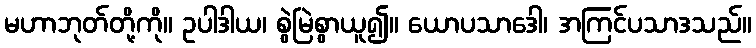
မဟာဘုတ်တို့ကို။ ဥပါဒါယ၊ စွဲမြဲစွာယူ၍။ ယောပသာဒေါ၊ အကြင်ပသာဒသည်။